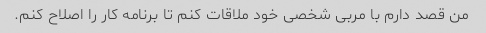
من قصد دارم با مربی شخصی خود ملاقات کنم تا برنامه کار را اصلاح کنم.